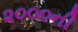
૨૦૦૦ની